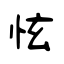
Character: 怰